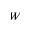
W